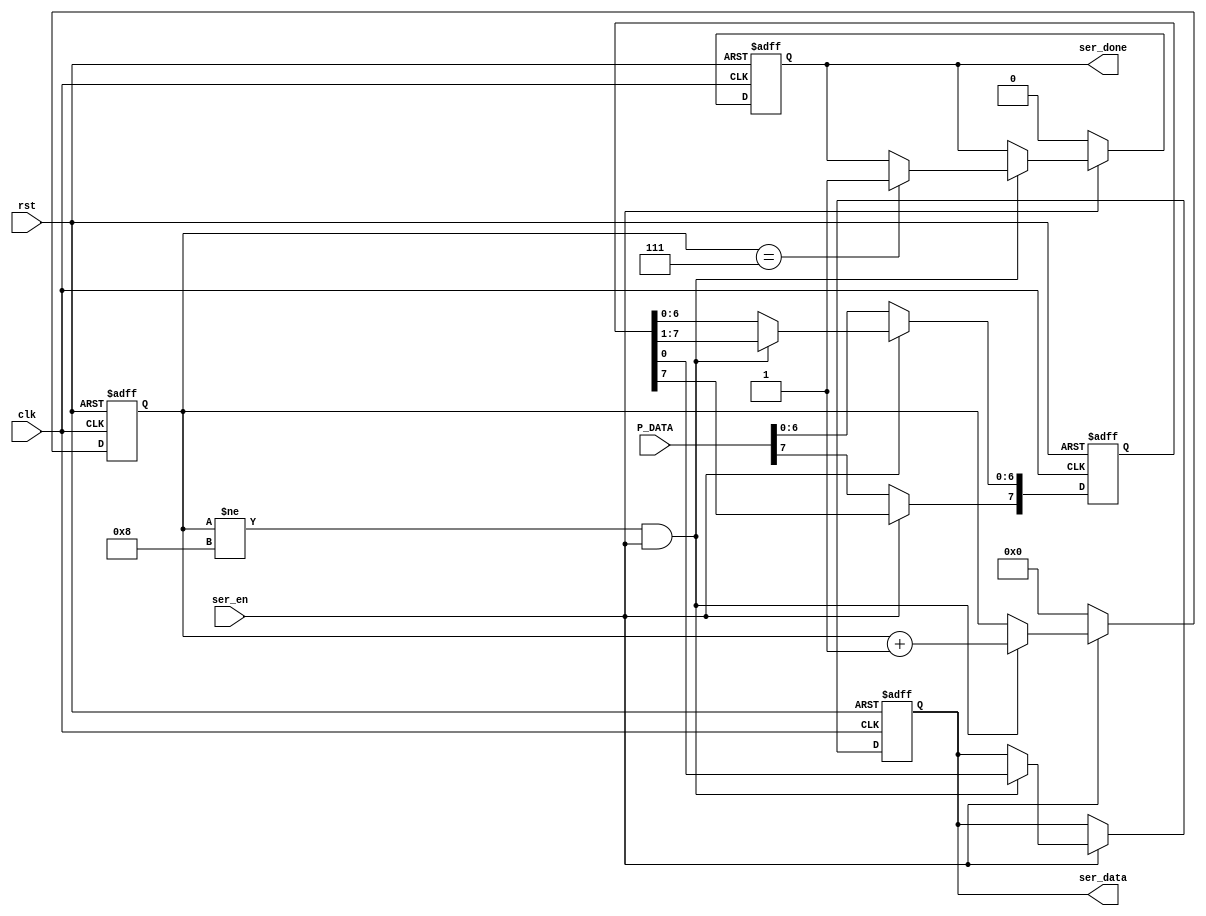
`timescale 1ns / 1ps

module serializer(
    input [7:0] P_DATA,
    input ser_en,
    input clk,
    input rst,
    output reg ser_done,
    output reg ser_data
    );
    reg [7:0] data ;
    reg [3:0] counter;
    
    always @(posedge clk or negedge rst) begin
        if(!rst) begin
            ser_data <= 0;
            ser_done <= 0;
            counter <=0;
            data <= 0;
        end
        else if (!ser_en) begin
         data <= P_DATA;
         counter <=0;
         ser_done <= 0;
         end
        else if (counter!=8 && ser_en) begin
            {data[6:0] , ser_data} <= data;
            counter <= counter + 1;
            if (counter == 7) begin
                ser_done <= 1;
            end
        end
    end
endmodule